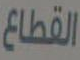
القطاع